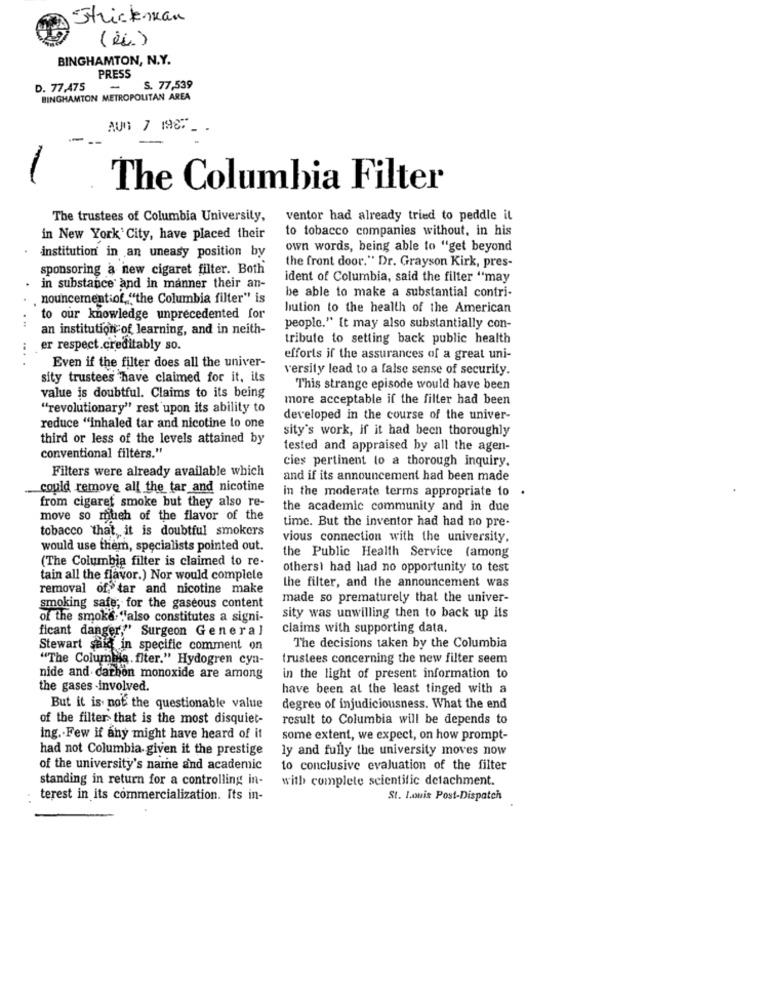
Strickenkan
BINGHAMTON, N.Y.
PRESS
D. 77,475
-
S. 77,539
BINGHAMTON METROPOLITAN AREA
AUn 7 1967_
The Columbia Filter
The trustees of Columbia University,
ventor had already tried to peddle it
to tobacco companies without, in his
in New York City, have placed their
own words, being able to "get beyond
institution in an uneasy position by
the front door." Dr. Grayson Kirk, pres-
sponsoring a new cigaret filter. Both
ident of Columbia, said the filter "may
in substance and in manner their an-
nouncementiof. "the Columbia filter" is
be able to make a substantial contri-
lution to the health of the American
to our knowledge unprecedented for
an institution of learning, and in neith-
people." It may also substantially con-
tribute to setting back public health
er respect.creditably so.
. .
efforts if the assurances of a great uni-
Even if the filter does all the univer-
versity lead to a false sense of security.
sity trustees have claimed for it, ils
value is doubtful. Claims to its being
This strange episode would have been
more acceptable if the filter had been
"revolutionary" rest upon its ability to
developed in the course of the univer-
reduce "inhaled tar and nicotine to one
sity's work, if it had been thoroughly
third or less of the levels attained by
tested and appraised by all the agen-
conventional filters."
cies pertinent to a thorough inquiry.
Filters were already available which
and if its announcement had been made
could remove all the tar and nicotine
in the moderate terms appropriate to
.
from cigaret smoke but they also re-
the academic community and in due
move so much of the flavor of the
time. But the inventor had had no pre-
tobacco that, it is doubtful smokers
vious connection with the university.
would use them, specialists pointed out.
(The Columbia filter is claimed to re-
the Public Health Service (among
othersi had had no opportunity to test
tain all the flavor.) Nor would complele
the filter, and the announcement was
removal of, tar and nicotine make
made so prematurely that the univer-
smoking safe, for the gaseous content
of the smoke "also constitutes a signi-
sity was unwilling then to back up its
ficant danger," Surgeon General
claims with supporting data.
Stewart said in specific comment on
The decisions taken by the Columbia
"The Columbia. fiter." Hydogren cya-
trustees concerning the new filter seem
nide and carbon monoxide are among
in the light of present information to
the gases -involved.
have been at the least tinged with a
But it is not the questionable value
degree of injudiciousness. What the end
of the filter that is the most disquiet-
result to Columbia will be depends to
ing. Few if any might have heard of it
some extent, we expect, on how prompt-
had not Columbia given it the prestige
ly and fully the university moves now
of the university's name and academic
to conclusive evaluation of the filter
standing in return for a controlling in-
with complete scientific detachment.
terest in its commercialization. Its in-
St. Louis Post-Dispatch